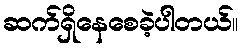
ဆက်ရှိနေစေခဲ့ပါတယ်။